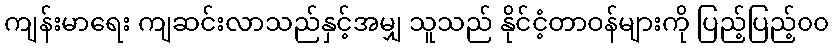
ကျန်းမာရေး ကျဆင်းလာသည်နှင့်အမျှ သူသည် နိုင်ငံ့တာဝန်များကို ပြည့်ပြည့်၀၀